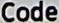
CODE